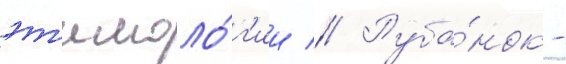
эт'имоло́г'ии // Руба́нок -